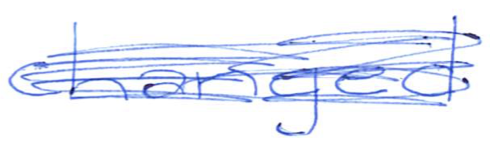
Text: changed
Cross-out: scratch
Writing tool: ballpoint